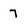
Character: 7